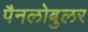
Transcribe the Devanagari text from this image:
पैनलोबुलर